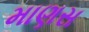
માણસ